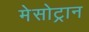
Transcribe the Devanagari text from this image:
मेसोट्रान